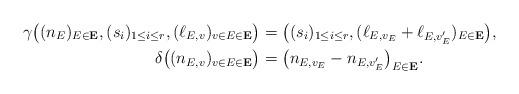
LaTeX: \begin{align*}\gamma\big((n_E)_{E\in \mathbf{E}}, (s_i)_{1\le i\le r}, (\ell_{E,v})_{v\in E\in \mathbf{E}} \big)= {} & \big((s_i)_{1\le i\le r},(\ell_{E,v_E}+\ell_{E,v'_E})_{E\in \mathbf{E}}\big),\\\delta\big( (n_{E,v})_{v\in E\in \mathbf{E}}\big) = {} &\big(n_{E,v_E}-n_{E,v'_E}\big)_{E\in \mathbf{E}}.\end{align*}